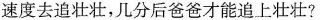
速度去追壮壮，几分后爸爸才能追上壮壮?